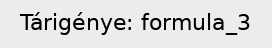
Tárigénye: formula_3